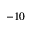
- 1 0